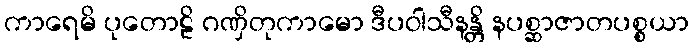
ကာရေမိ ပုတောဠိ ဂဏှိတုကာမော ဒီပဝါသီနန္တိ နပစ္ဆာဇာတပစ္စယာ